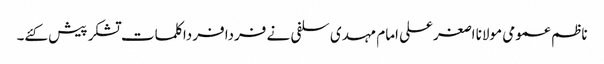
ناظم عمومی مولانا اصغرعلی امام مہدی سلفی نے فردا فردا کلمات تشکر پیش کئے۔